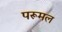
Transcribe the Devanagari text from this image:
परूमल